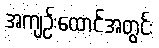
အကျဉ်းထောင်အတွင်း